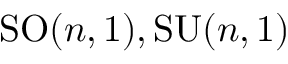
\mathrm { S O } ( n , 1 ) , \mathrm { S U } ( n , 1 )